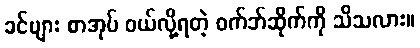
ခင်ဗျား စာအုပ် ဝယ်လို့ရတဲ့ ဝက်ဘ်ဆိုက်ကို သိသလား။